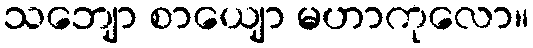
သဘျော စာယျော မဟာကုလော။